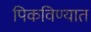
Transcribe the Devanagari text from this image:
पिकविण्यात